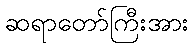
ဆရာတော်ကြီးအား